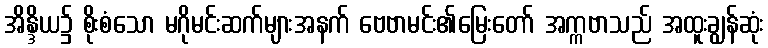
အိန္ဒိယ၌ စိုးစံသော မဂိုမင်းဆက်များအနက် ဗေဗာမင်း၏မြေးတော် အက္ကဗာသည် အထူးချွန်ဆုံး